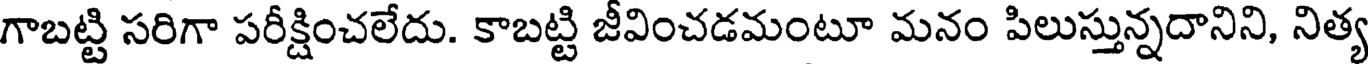
గాబట్టి సరిగా పరీక్షించలేదు. కాబట్టి జీవించడమంటూ మనం పిలుస్తున్నదానిని, నిత్య